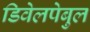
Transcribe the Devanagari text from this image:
डिवेलपेबुल